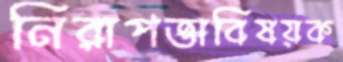
নিরাপত্তাবিষয়ক